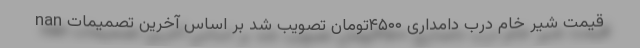
nan قیمت شیر خام درب دامداری ۴۵۰۰تومان تصویب شد بر اساس آخرین تصمیمات